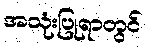
အသုံးပြုရာတွင်